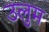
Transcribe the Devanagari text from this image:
उलुम